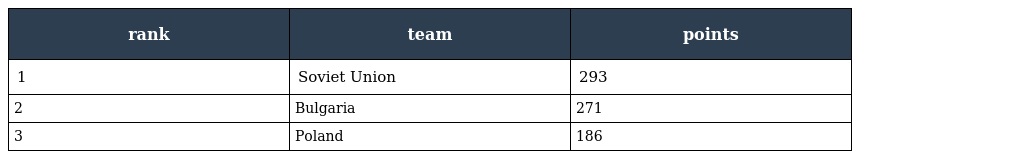
| rank | team | points |
 | --- | --- | --- |
 | 1 | Soviet Union | 293 |
 | 2 | Bulgaria | 271 |
 | 3 | Poland | 186 |